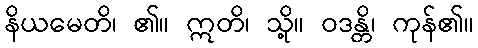
နိယမေတိ၊ ၏။ ဣတိ၊ သို့။ ဝဒန္တိ၊ ကုန်၏။